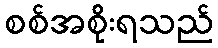
စစ်အစိုးရသည်